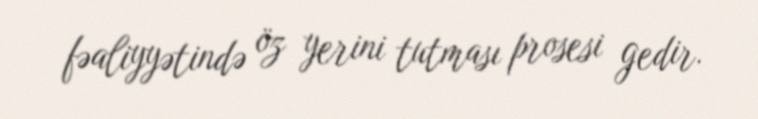
fəaliyyətində öz yerini tutması prosesi gedir.